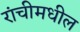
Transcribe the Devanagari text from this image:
रांचीमधील